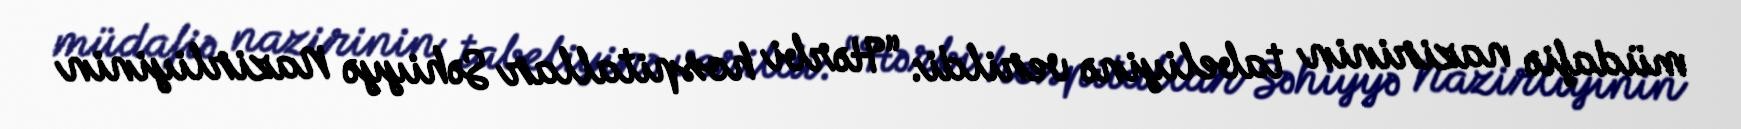
müdafiə nazirinin tabeliyinə verildi: “Hərbi hospitallar Səhiyyə Nazirliyinin